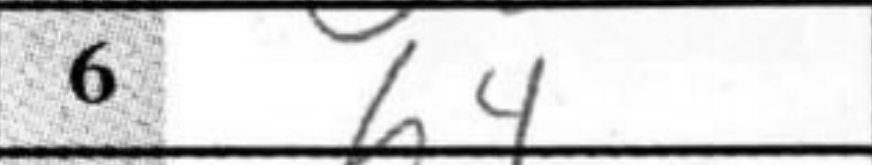
Transcription: h4